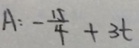
A : - \frac { 1 5 } { 4 } + 3 t